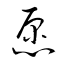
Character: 愿